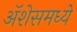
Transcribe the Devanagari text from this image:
ॲशेसमध्ये